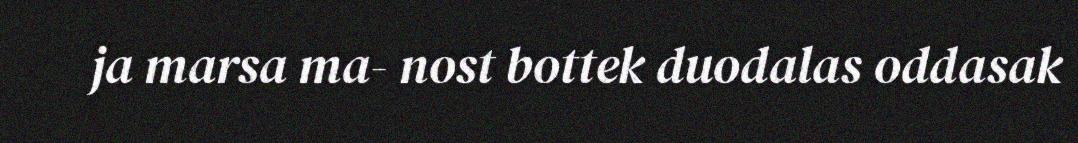
ja marsa ma- nost bottek duodalas oddasak